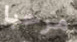
مرحبا